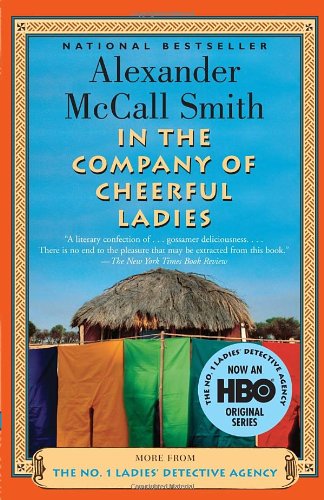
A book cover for In The Company Of Cheerful Ladies - The No. 1 Ladies' Detective Agency, Book 6; Alexander McCall Smith; Literature & Fiction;